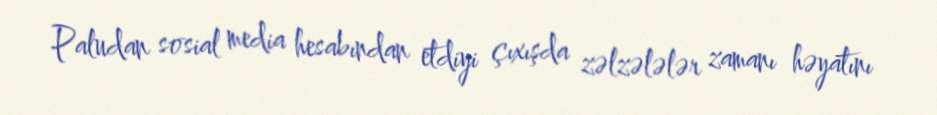
Paludan sosial media hesabından etdiyi çıxışda zəlzələlər zamanı həyatını